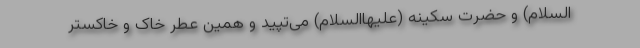
السلام) و حضرت سکینه (علیهاالسلام) می‌تپید و همین عطر خاک و خاکستر